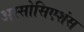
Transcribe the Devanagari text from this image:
अस्सोसिएशंस